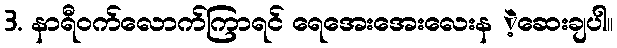
3. နာရီဝက်လောက်ကြာရင် ရေအေးအေးလေးန ဲ့ဆေးချပါ။